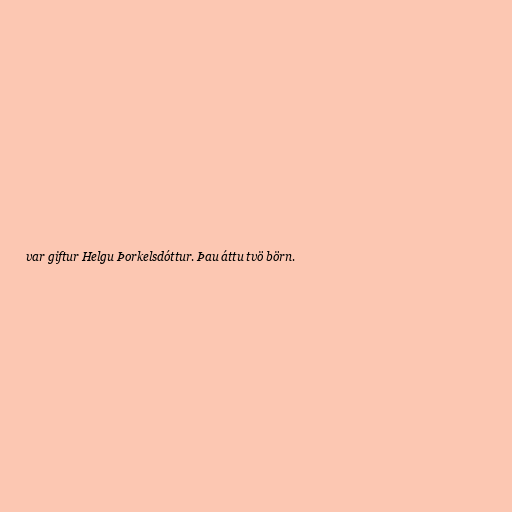
var giftur Helgu Þorkelsdóttur. Þau áttu tvö börn.